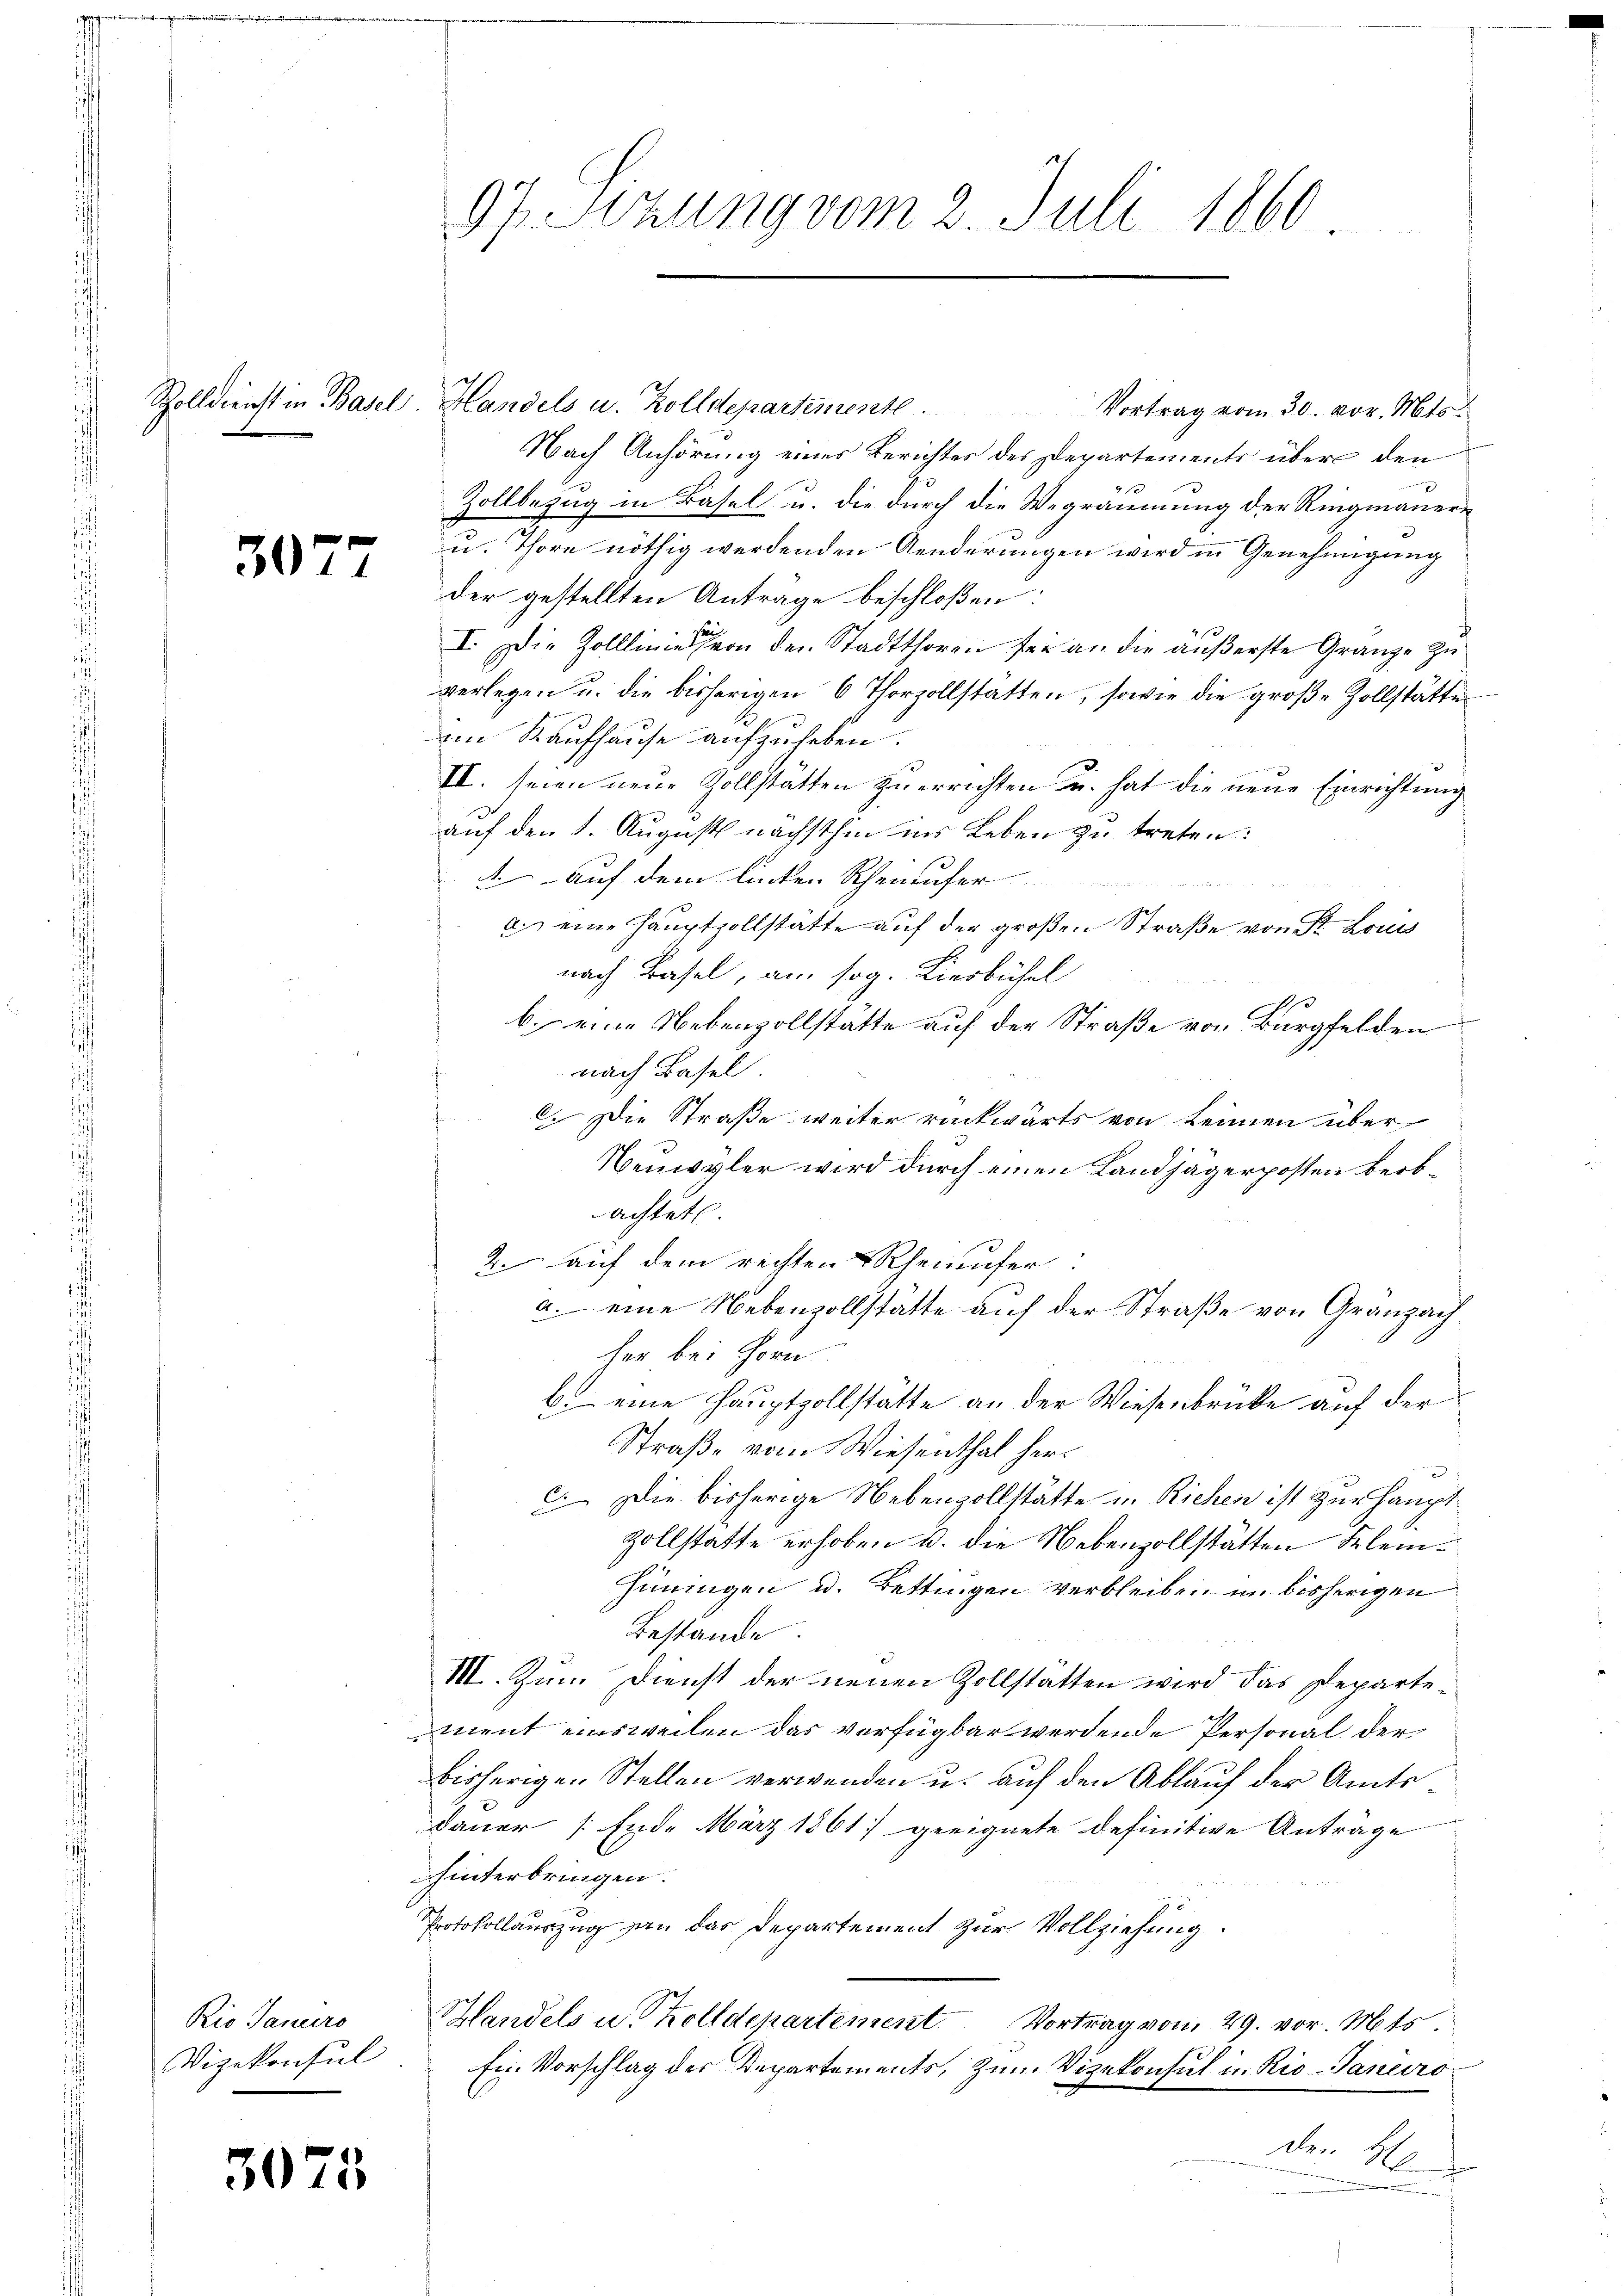
3077

Rio Saniers
Vizekonsul

3075

Zolldienst in Basel, Handels u. Zolldepartemente. Vortrag vom 30. vor. Mts.
Nach Anhörung eines Berichtes des Departements über den
9
Zollbezug in Basel u. die durch die Wegräumung der Ringmanner¬
u. Thore nöthig werdenden Aenderungen wird in Genehmigung
der gestellten Anträge beschloßen:
I. Die Zolllinie von den Stadtthoren für an die äußerste Gränze zu
verlegen u. die bisherigen 6 Thorzollstatten, sowie die große Zollstätte
im Kaufhause aufzuheben.
VI. seien neue Zollstätten zu errichten u. hat die neue Einrichtung
auf den 1. August nächsthin ins Leben zu treten:
Auf dem linken Rhenaufer
a. eine Hauptzollstätte auf der großen Straße von St. Louis
nach Basel, am sog. Lierbühel
b. eine Nebenzollstätte auf der Straße von Burgfelden
nach Basel
. Die Straße weiter rückwärts von Leinen über
Neuwyler wird durch einen Landjägerposten beobachtet.
2. auf dem rechten Rheinufer:
a. eine Nebenvollstätte auf der Straße von Gränzach
her bei Horn
b. eine Hauptzollstätte an der Wiesenbrücke auf der
Straße vom Wiesenthal herc. Die bisherige Nebenzollstätte in Richen ist zur Hauptzollstätte erhoben u. die Nebenzollstätten Klein¬
Hüningen u. Bettingen verbleiben im bisherigen
Bestände.
III. Zum Dienst der neuen Zollstätten wird das Departement einsweilen das verfügbar werdende Personal der
bisherigen Stellen verwenden u. auf den Ablauf der Amts
Dauer (Ende März 1861 geeignete definitive Anträge
hinterbringen.
Protokollauszug an das Departement zur Vollziehung.
Handels u. Zolldepartement Vortrag vom 29. vor. Mts
Ei. Vorschlag der Departements, zum Vizekonsul in Rio-Janeiroden H

97. Sitzung vom 2. Juli 1860